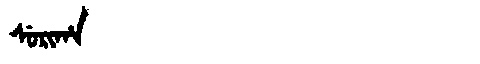
Manchu: ᠰᡠᡵᡳᡥᠠ
Romanization: SURIHA